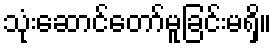
သုံးဆောင်တော်မူခြင်းမရှိ။